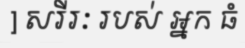
] សរីរៈ របស់ អ្នក ធំ